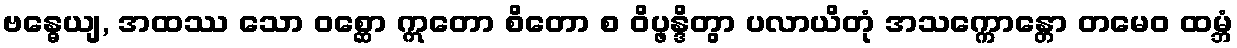
ဗန္ဓေယျ, အထဿ သော ဝစ္ဆော ဣတော စိတော စ ဝိပ္ဖန္ဒိတွာ ပလာယိတုံ အသက္ကောန္တော တမေဝ ထမ္ဘံ